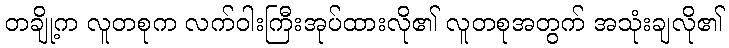
တချို့က လူတစုက လက်ဝါးကြီးအုပ်ထားလို၏ လူတစုအတွက် အသုံးချလို၏